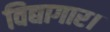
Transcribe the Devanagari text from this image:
विद्यागार।